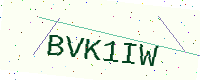
Text: BVK1IW